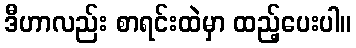
ဒီဟာလည်း စာရင်းထဲမှာ ထည့်ပေးပါ။